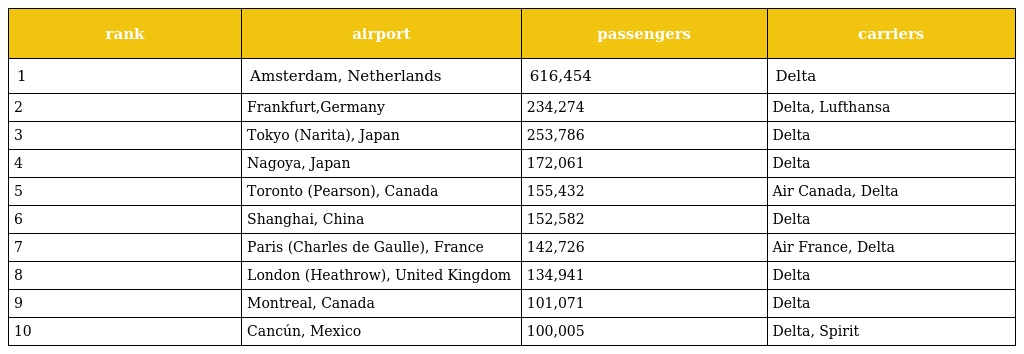
| rank | airport | passengers | carriers |
 | --- | --- | --- | --- |
 | 1 | Amsterdam, Netherlands | 616,454 | Delta |
 | 2 | Frankfurt,Germany | 234,274 | Delta, Lufthansa |
 | 3 | Tokyo (Narita), Japan | 253,786 | Delta |
 | 4 | Nagoya, Japan | 172,061 | Delta |
 | 5 | Toronto (Pearson), Canada | 155,432 | Air Canada, Delta |
 | 6 | Shanghai, China | 152,582 | Delta |
 | 7 | Paris (Charles de Gaulle), France | 142,726 | Air France, Delta |
 | 8 | London (Heathrow), United Kingdom | 134,941 | Delta |
 | 9 | Montreal, Canada | 101,071 | Delta |
 | 10 | Cancún, Mexico | 100,005 | Delta, Spirit |